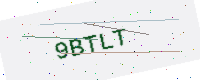
Text: 9BTLT